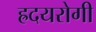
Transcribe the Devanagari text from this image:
ह्रदयरोगी